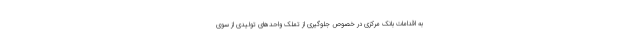
به اقدامات بانک مرکزی در خصوص جلوگیری از تملک واحدهای تولیدی از سوی